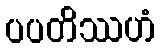
ပပတိဿဟံ